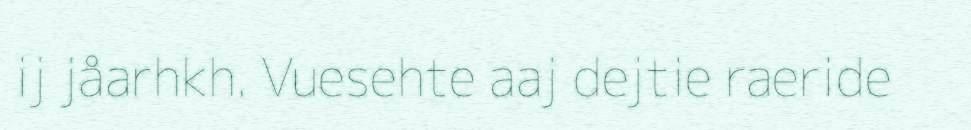
ij jåarhkh. Vuesehte aaj dejtie raeride